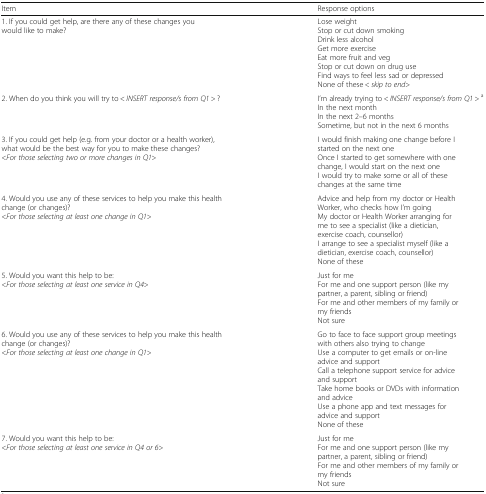
<table><thead><tr><td><b>Item</b></td><td><b>Response options</b></td></tr></thead><tbody><tr><td>1. If you could get help, are there any of these changes you would like to make?</td><td>Lose weightStop or cut down smokingDrink less alcoholGet more exerciseEat more fruit and vegStop or cut down on drug useFind ways to feel less sad or depressedNone of these &lt; <i>skip to end</i>&gt;</td></tr><tr><td>2. When do you think you will try to &lt; <i>INSERT response/s from Q1</i> &gt; ?</td><td>I’m already trying to &lt; <i>INSERT response/s from Q1</i> &gt; <sup>a</sup>In the next monthIn the next 2–6 monthsSometime, but not in the next 6 months</td></tr><tr><td>3. If you could get help (e.g. from your doctor or a health worker), what would be the best way for you to make these changes?&lt;<i>For those selecting two or more changes in Q1</i>&gt;</td><td>I would finish making one change before Istarted on the next oneOnce I started to get somewhere with onechange, I would start on the next oneI would try to make some or all of thesechanges at the same time</td></tr><tr><td>4. Would you use any of these services to help you make this health change (or changes)?&lt;<i>For those selecting at least one change in Q1</i>&gt;</td><td>Advice and help from my doctor or HealthWorker, who checks how I’m goingMy doctor or Health Worker arranging forme to see a specialist (like a dietician,exercise coach, counsellor)I arrange to see a specialist myself (like adietician, exercise coach, counsellor)None of these</td></tr><tr><td>5. Would you want this help to be:&lt;<i>For those selecting at least one service in Q4</i>&gt;</td><td>Just for meFor me and one support person (like mypartner, a parent, sibling or friend)For me and other members of my family ormy friendsNot sure</td></tr><tr><td>6. Would you use any of these services to help you make this health change (or changes)?&lt;<i>For those selecting at least one change in Q1</i>&gt;</td><td>Go to face to face support group meetingswith others also trying to changeUse a computer to get emails or on-lineadvice and supportCall a telephone support service for adviceand supportTake home books or DVDs with informationand adviceUse a phone app and text messages foradvice and supportNone of these</td></tr><tr><td>7. Would you want this help to be:&lt;<i>For those selecting at least one service in Q4 or 6</i>&gt;</td><td>Just for meFor me and one support person (like mypartner, a parent, sibling or friend)For me and other members of my family ormy friendsNot sure</td></tr></tbody></table>